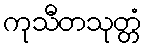
ကုသီတသုတ္တံ